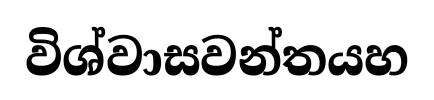
විශ්වාසවන්තයහ